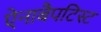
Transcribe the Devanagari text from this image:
ऐनाबैपटिस्ट